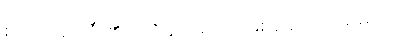
စကြဝဠာကြီး၏ ဗဟိုချက်မပင် ဖြစ်နေပေလိမ့်မည်။